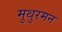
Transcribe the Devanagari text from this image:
मुथुरमन